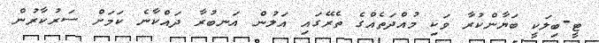
ޓީ-ބިލަކީ ބަޔާންކުރާ ވަކި މުއްދަތެއްގެ ތެރޭގައި އަލުން އަނބުރާ ދައްކާނެ ކަމަށް ސަރުކާރުން